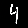
Digit: 4